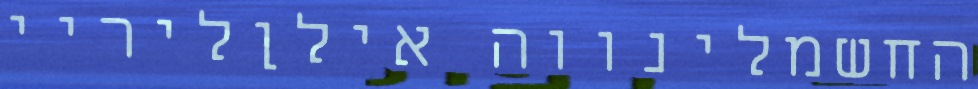
החשמלינווה אילןליריי